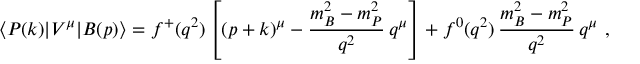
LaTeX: \langle P ( k ) | V ^ { \mu } | B ( p ) \rangle = f ^ { + } ( q ^ { 2 } ) \left[ ( p + k ) ^ { \mu } - \frac { m _ { B } ^ { 2 } - m _ { P } ^ { 2 } } { q ^ { 2 } } \, q ^ { \mu } \right] + f ^ { 0 } ( q ^ { 2 } ) \, \frac { m _ { B } ^ { 2 } - m _ { P } ^ { 2 } } { q ^ { 2 } } \, q ^ { \mu } \ ,